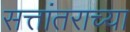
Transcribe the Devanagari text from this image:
सत्तांतराच्या